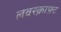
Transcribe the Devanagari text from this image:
लवरक्राफ़्ट